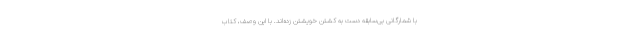
با شمارگانی بی‌سابقه دست به کشتن خویشتن زده‌اند. با این وصف، کتاب